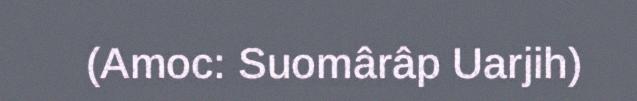
(Amoc: Suomârâp Uarjih)